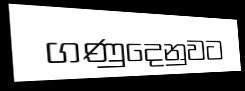
ගණුදෙනුවට